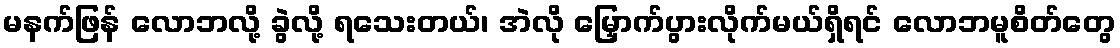
မနက်ဖြန် လောဘလို့ ခွဲလို့ ရသေးတယ်၊ အဲလို မြှောက်ပွားလိုက်မယ်ရှိရင် လောဘမူစိတ်တွေ